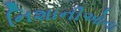
નિશાનીઓના